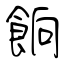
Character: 餉